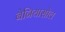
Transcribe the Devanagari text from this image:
बेनियासोल